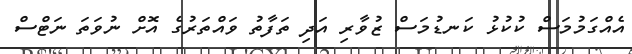
އެއްގަމުމަސް ކުކުޅު ކަނޑުމަސް ޒުވާރި އަދި ތަފާތު ވައްތަރުގެ އޮށް ނުވަތަ ނަޓްސް